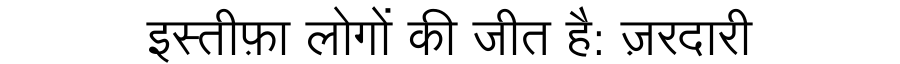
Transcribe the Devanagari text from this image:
इस्तीफ़ा लोगों की जीत है: ज़रदारी